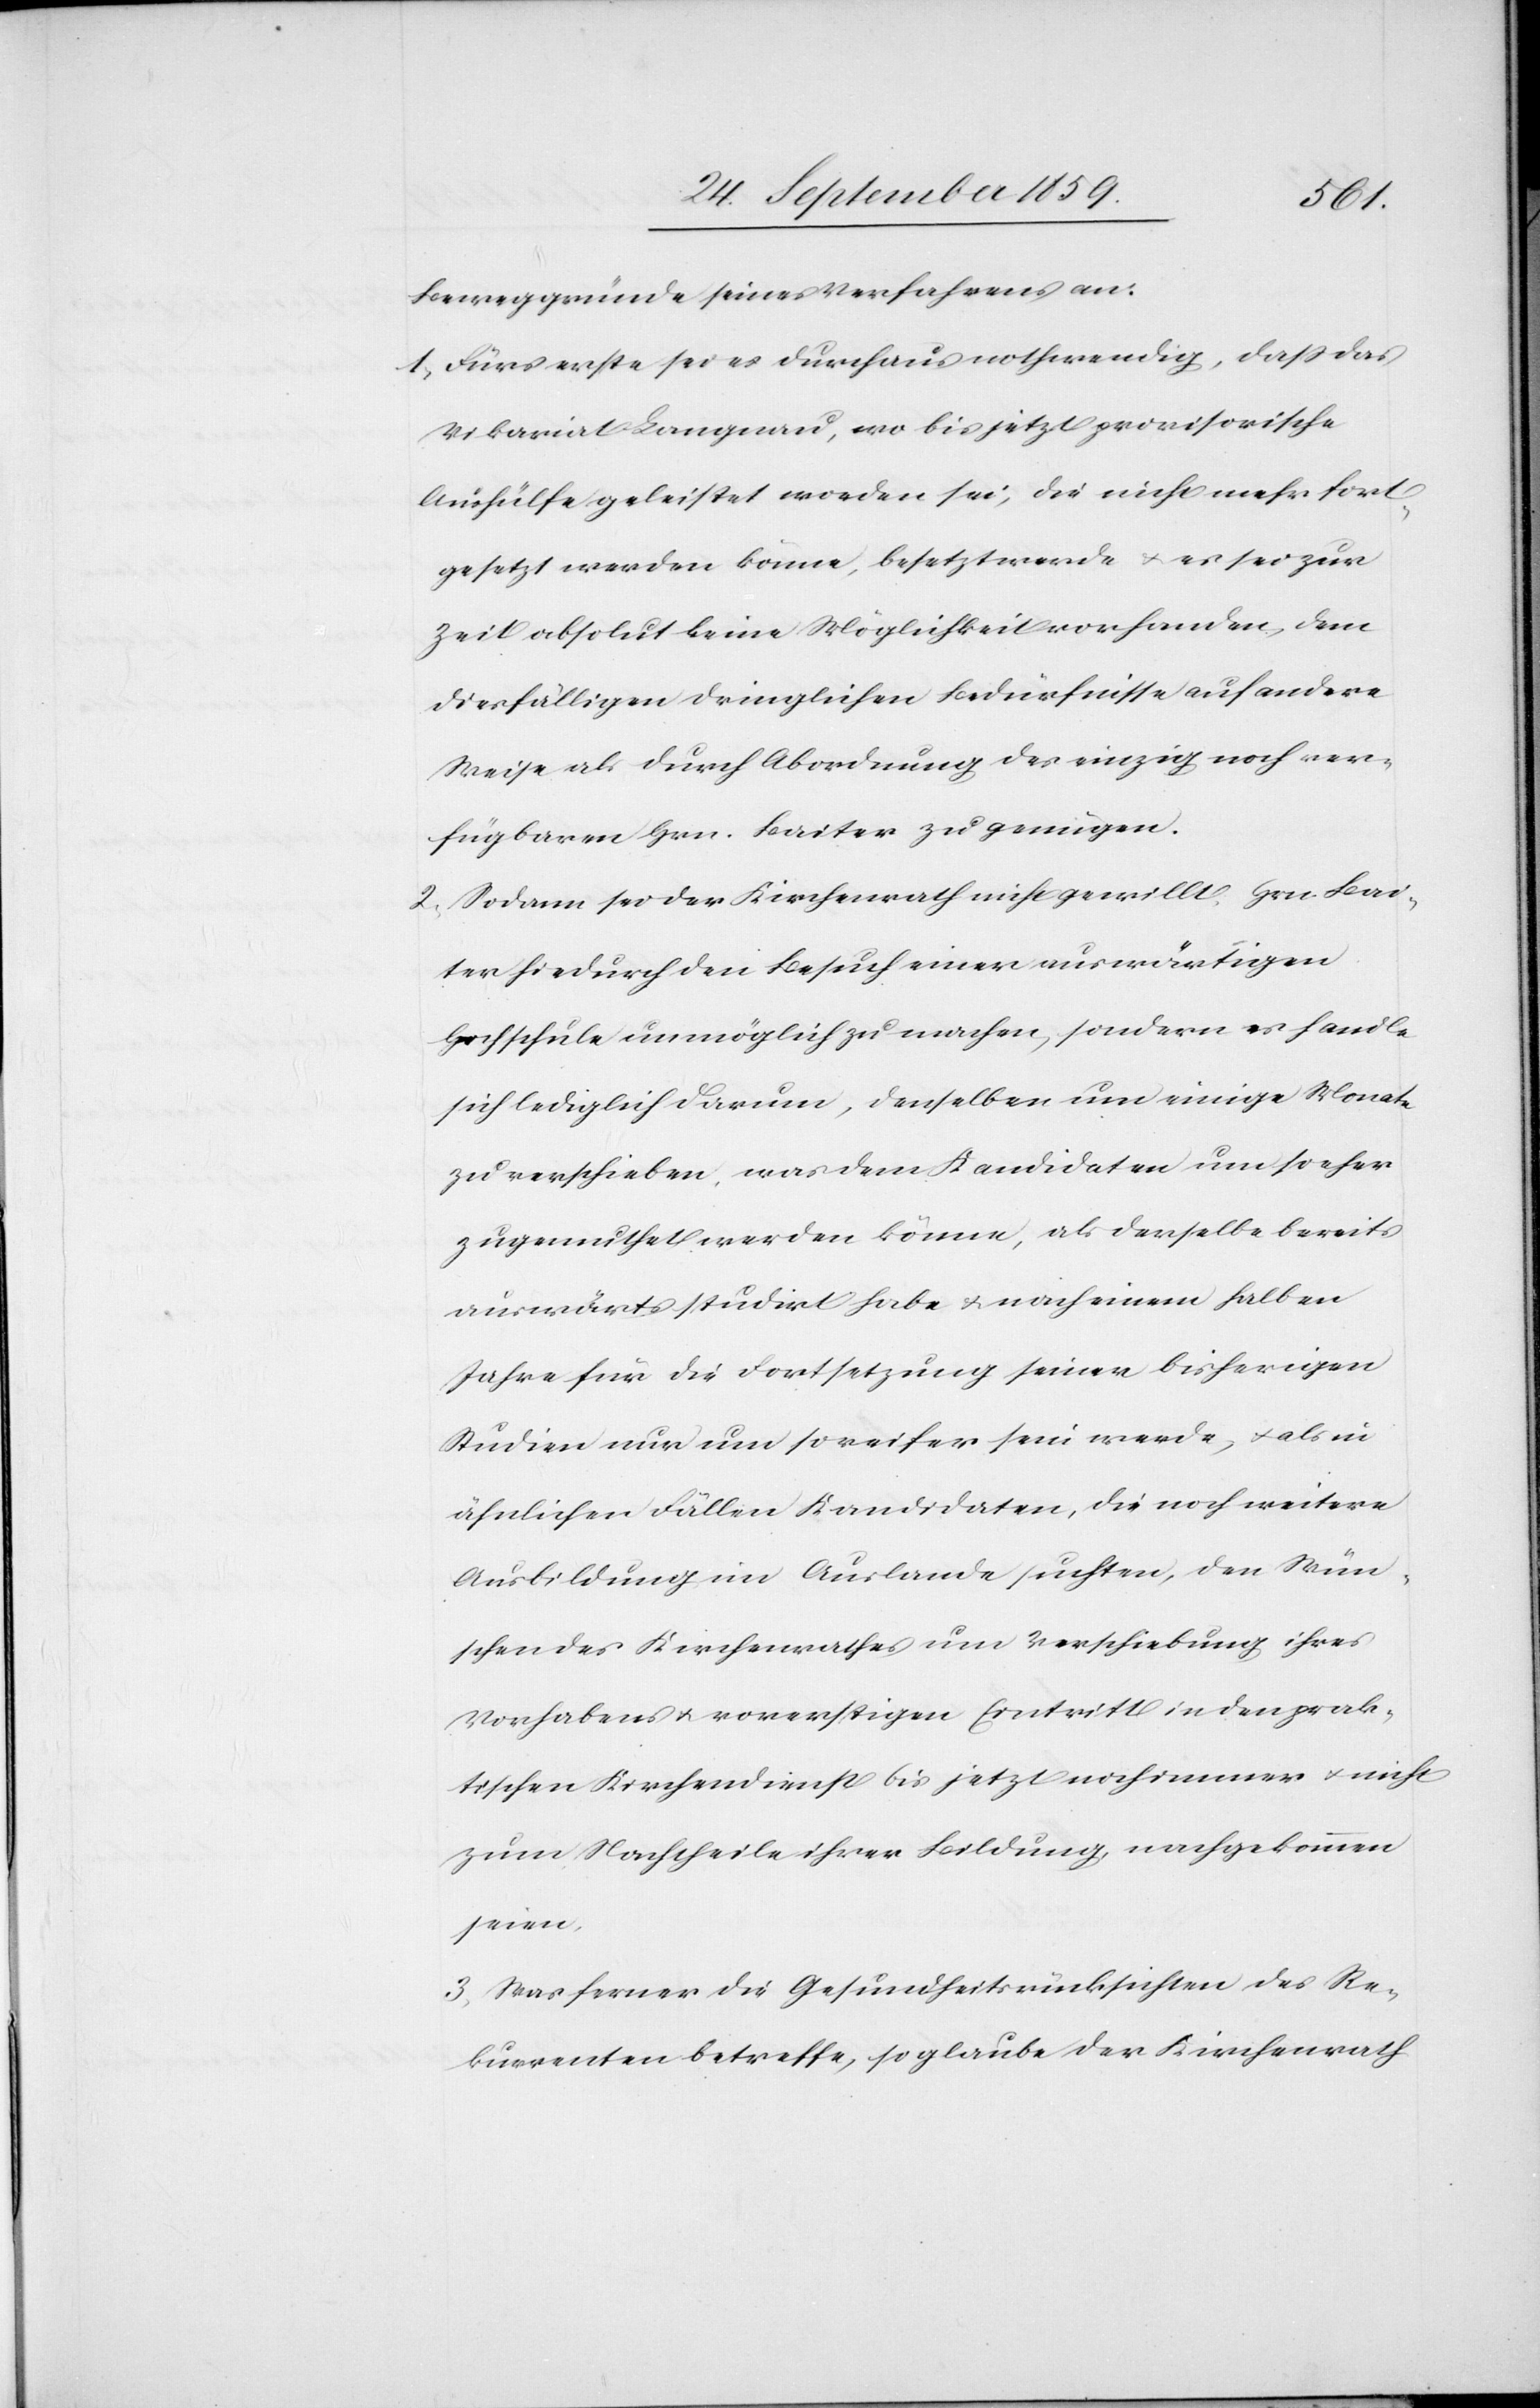
Beweggründe seines Verfahrens an:
1. Fürs erste sei es durchaus nothwendig, daß das
Vikariat Langnau, wo bis jetzt provisorische
Aushülfe geleistet worden sei, die nicht mehr fort¬
gesetzt werden könne, besetzt werde & es sei zur
Zeit absolut keine Möglichkeit vorhanden, dem
diesfälligen dringlichen Bedürfnisse auf andere
Weise als durch Abordnung des einzig noch ver¬
fügbaren Hrn. Baiter zu genügen.
2. Sodann sei der Kirchenrath nicht gewillt, Hrn. Bai¬
ter hiedurch den Besuch einer auswärtigen
Hochschule unmöglich zu machen, sondern es handle
sich lediglich darum, denselben um einige Monate
zu verschieben, was dem Kandidaten um so eher
zugemuthet werden könne, als derselbe bereits
auswärts studirt habe & nach einem halben
Jahre für die Fortsetzung seiner bisherigen
Studien nur um so reifer sein werde, & als in
ähnlichen Fällen Kandidaten, die noch weitere
Ausbildung im Auslande suchten, den Wün¬
schen des Kirchenrathes um Verschiebung ihres
Vorhabens, & vorerstigen Eintritt in den prak¬
tischen Kirchendienst bis jetzt noch immer & nicht
zum Nachteile ihrer Bildung nachgekommen
seien.
3. Was ferner die Gesundheitsrücksichten des Re¬
kurrenten betreffe, so glaube der Kirchenrath